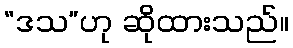
“ဒသ”ဟု ဆိုထားသည်။